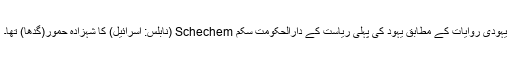
یہودی روایات کے مطابق یہود کی پہلی ریاست کے دارالحکومت سِکم Schechem (نابلس: اسرائیل) کا شہزادہ حمور(گدھا) تھا۔